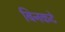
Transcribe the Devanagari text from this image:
बिनकटे